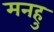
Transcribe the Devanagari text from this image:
मनहु